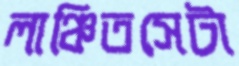
লাঞ্চিতসেটা